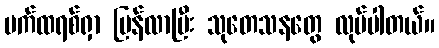
ပက်ထရစ်ရှာ ပြန်လာပြီး သုတေသနတွေ လုပ်ပါတယ်။